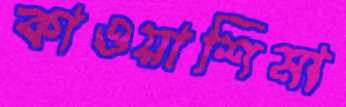
কাওয়াশিমা